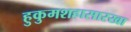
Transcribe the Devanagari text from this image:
हुकुमशहासारखा